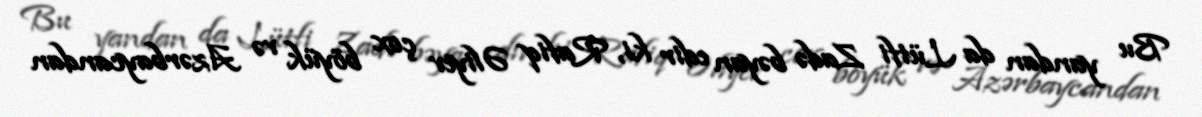
Bu yandan da Lütfi Zadə bəyan edir ki, Rafiq Əliyev çox böyük və Azərbaycandan